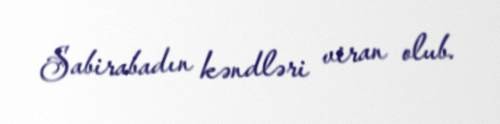
Sabirabadın kəndləri viran olub.